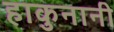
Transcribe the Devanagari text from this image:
हाकुनानी